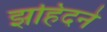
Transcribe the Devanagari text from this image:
झहिदने